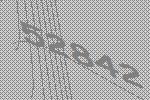
52842